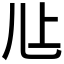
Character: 𰃊